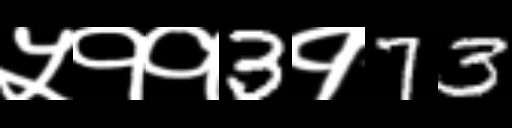
Text: ५११3१73